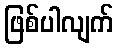
ဖြစ်ပါလျက်